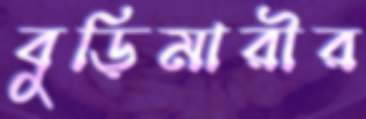
বুড়িমারীর